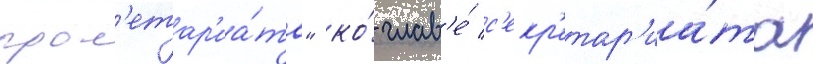
прол'етар'иа́та" ко́ глав'е́ с'екр'етар'иа́та